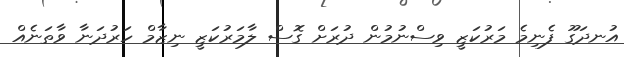
އުނދަގޫ ފެނިމެ މަރުކަޒީ ވިސްނުމުން ދުރަށް ގޮސް ލާމަރުކަޒީ ނިޒާމް ހަރުދަނާ ވާތަނެއް